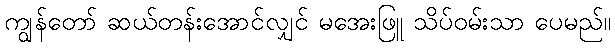
ကျွန်တော် ဆယ်တန်းအောင်လျှင် မအေးဖြူ သိပ်ဝမ်းသာ ပေမည်။